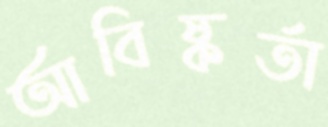
আবিষ্কর্তা